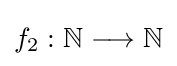
f_{2}:\mathbb {N} \longrightarrow \mathbb {N}